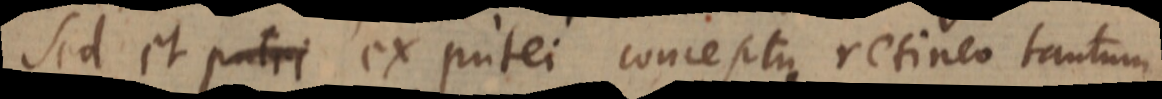
Sed et putei ex putei conceptu retineo tantum